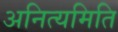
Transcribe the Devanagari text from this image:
अनित्यमिति